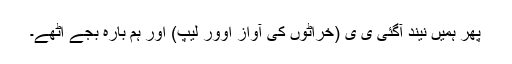
پھر ہمیں نیند آگئی ی ی (خرّاٹوں کی آواز اوور لیپ) اور ہم بارہ بجے اٹھے۔